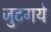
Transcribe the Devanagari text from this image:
जुटगये